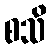
စသိ